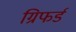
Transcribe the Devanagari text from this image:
ग्रिफर्ड